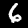
Label: 6